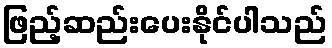
ဖြည့်ဆည်းပေးနိုင်ပါသည်